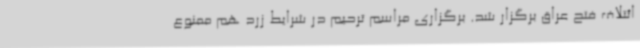
ائتلاف فتح عراق برگزار شد. برگزاری مراسم ترحیم در شرایط زرد هم ممنوع